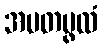
အမတပ္ဖလံ